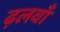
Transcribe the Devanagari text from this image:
ढ़लवाँ